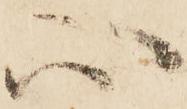
心